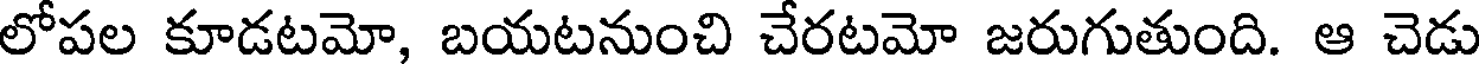
లోపల కూడటమో, బయటనుంచి చేరటమో జరుగుతుంది. ఆ చెడు